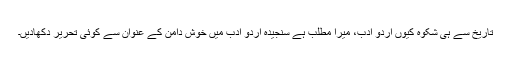
تاریخ سے ہی شکوہ کیوں اردو ادب، میرا مطلب ہے سنجیدہ اردو ادب میں خوش دامن کے عنوان سے کوئی تحریر دکھادیں۔